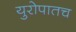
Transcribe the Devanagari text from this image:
युरोपातच